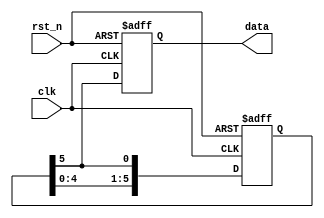
// ======================================================================
// Copyright (c) 2023-2023 All rights reserved
// ======================================================================
// Affiliation  : Tsinghua Univ & NeuraMatrix
// Revise Date  : 2023-06-08 15:29:27
// Description  : VL62 on nowcoder
// ======================================================================

module sequence_generator (
  input  wire clk,
  input  wire rst_n,
  output reg  data
);

  reg [5:0] code;

  always @(posedge clk or negedge rst_n) begin
    if(~rst_n) begin
      code <= 6'b001011;
      data <= 1'b0;
    end else begin
      code <= {code[4:0], code[5]};
      data <= code[5];
    end
  end

endmodule